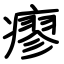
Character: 瘳